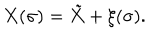
X ( \sigma ) = \tilde { X } + \xi ( \sigma ) .